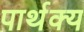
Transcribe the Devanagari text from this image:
पार्थक्‍य